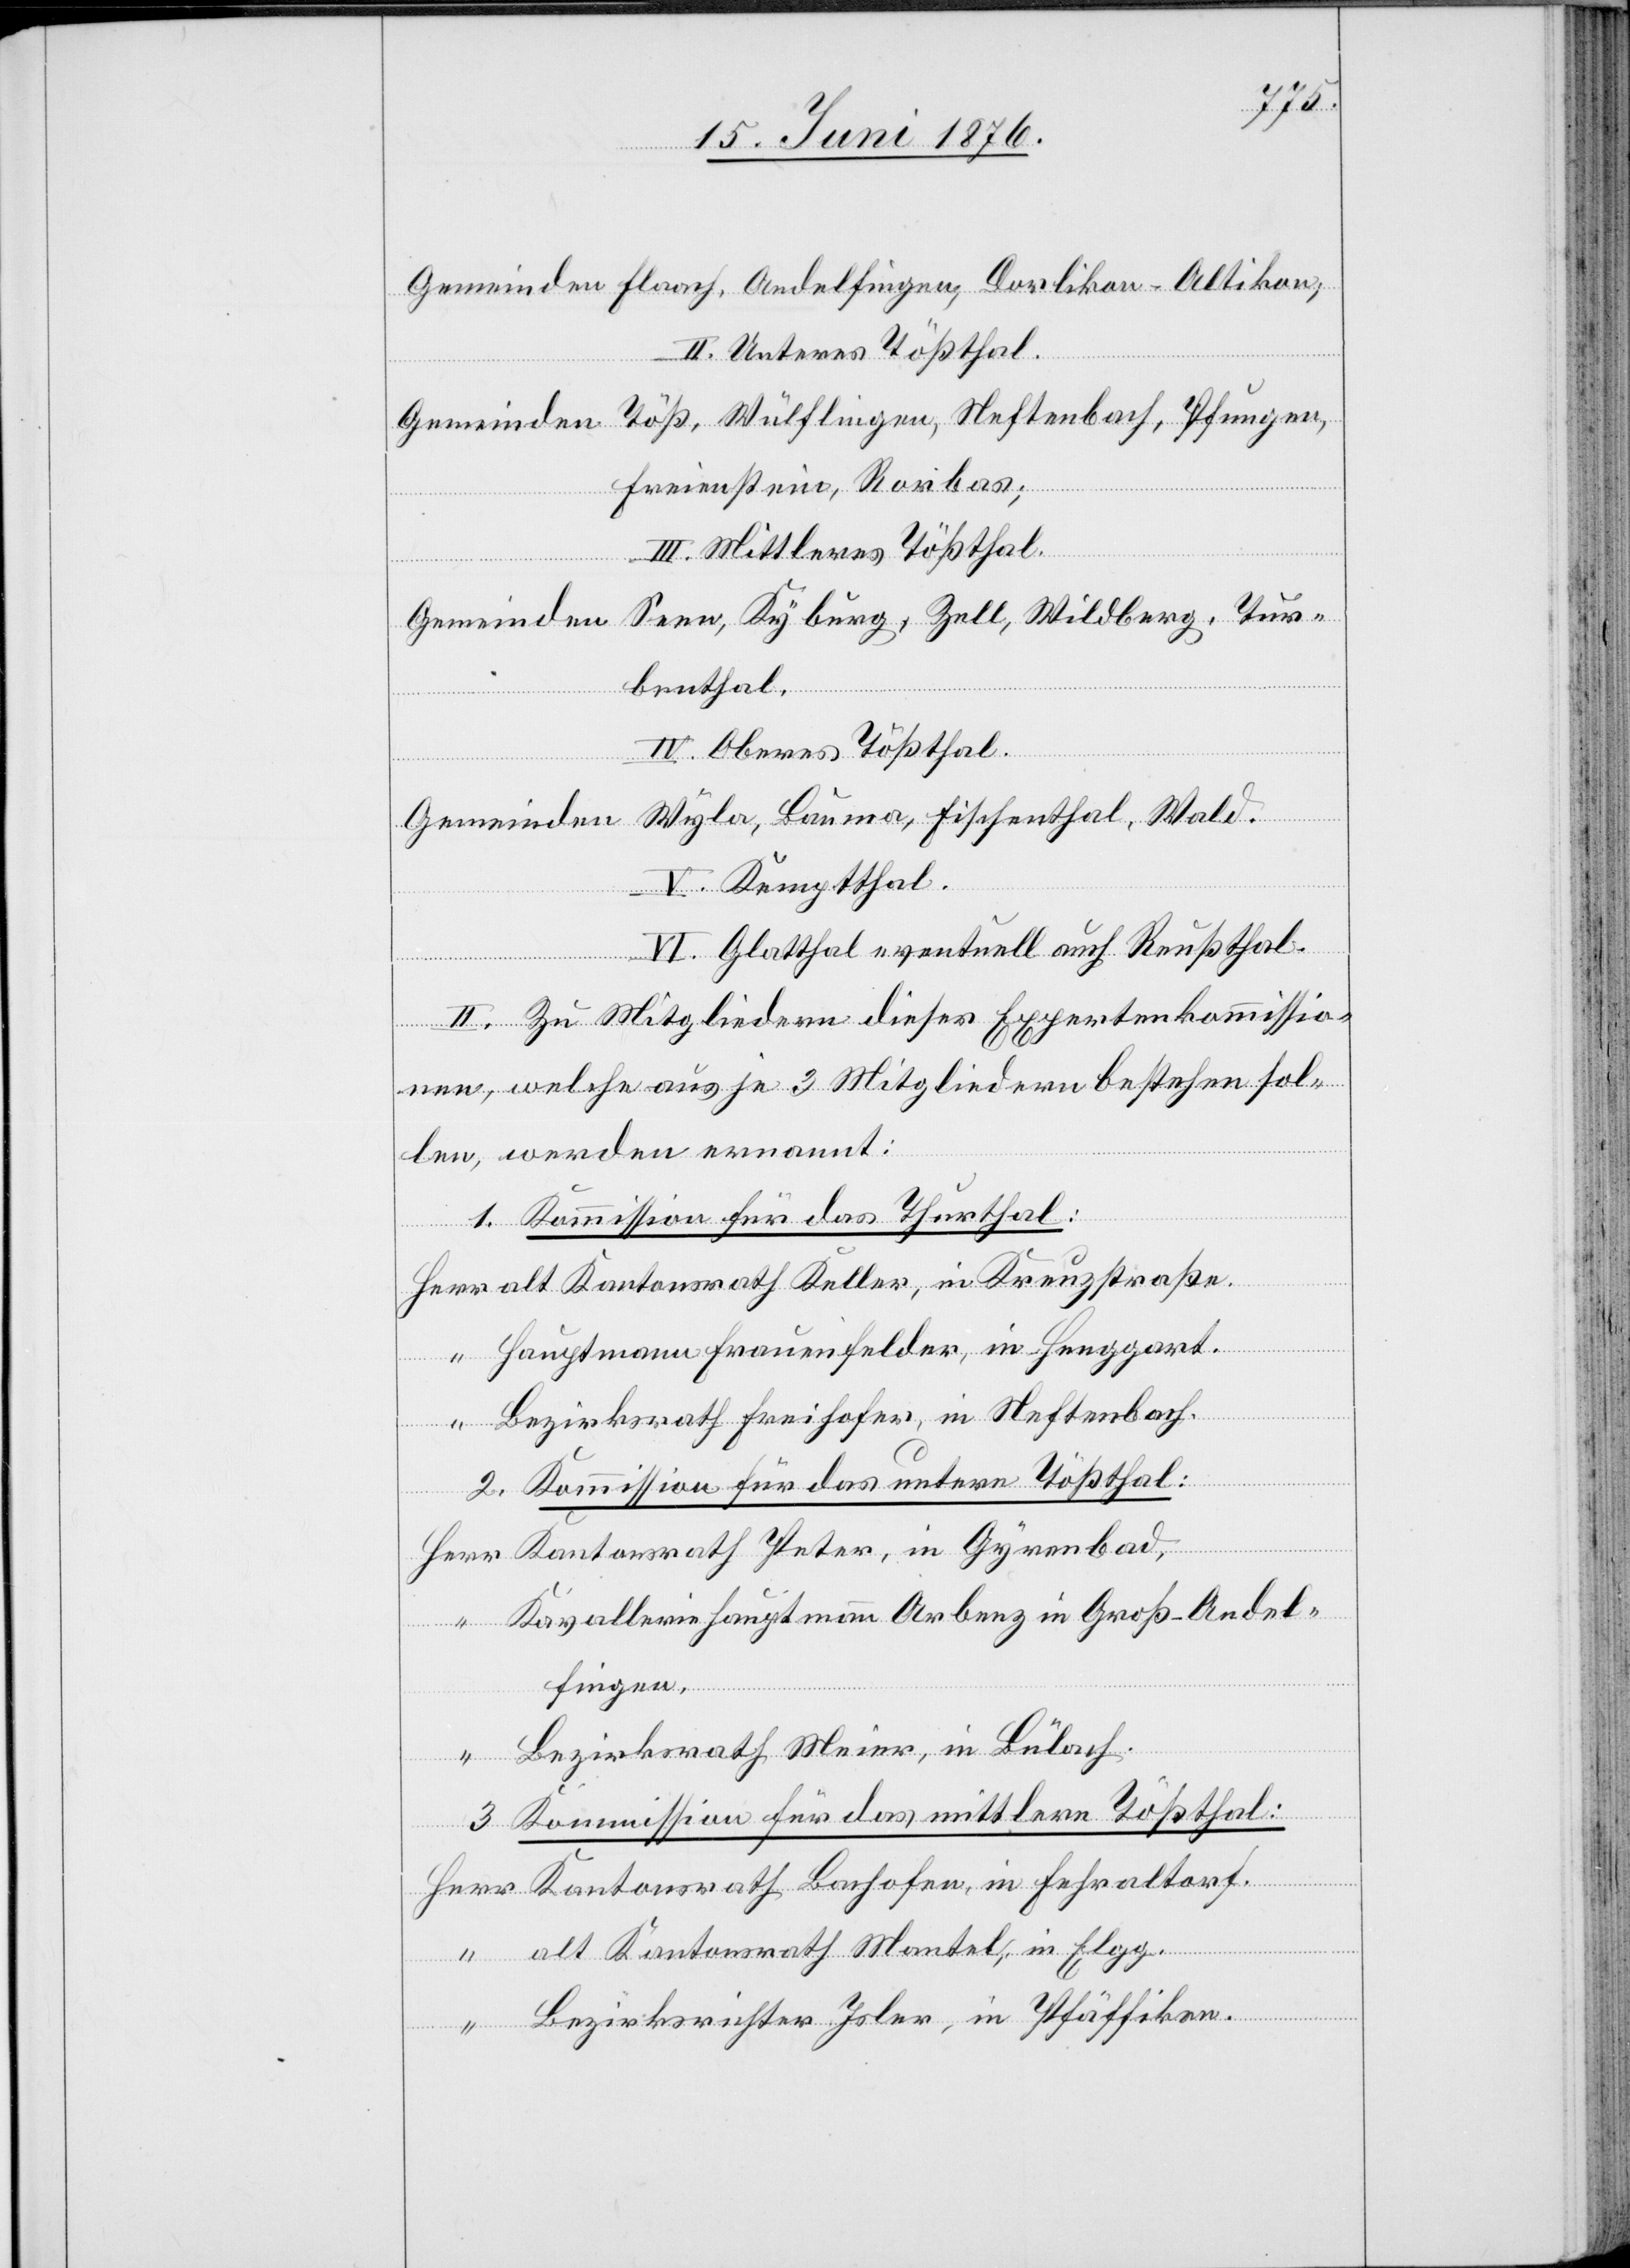
Gemeinden Flaach, Andelfingen, Dorlikon-Altikon;
II. Unteres Tößthal.
Gemeinden Töß, Wülflingen, Neftenbach, Pfungen,
Freienstein, Rorbas;
III. Mittleres Tößthal.
Gemeinden Seen, Kyburg, Zell, Wildberg, Tur¬
benthal.
IV. Oberes Thößthal.
Gemeinden Wyla, Bauma, Fischenthal, Wald.
V. Kemptthal.
VI. Glatthal eventuell auch Reußthal.
II. Zu Mitgliedern dieser Expertenkommissio¬
nen, welche aus je 3 Mitgliedern bestehen sol¬
len, werden ernannt:
in
1. Kommission für das Thurthal:
“
alt Kantonsrath Keller, in Kreuzstraße.
Hauptmann Frauenfelder, in Henggart.
Bezirksrath Freihofer, in Neftenbach.
2. Kommission für das untere Tößthal:
Kavalleriehauptmann Arbenz in Groß-Andel¬
fingen.
Bezirksrath Meier, in Bülach.
3. Kommission für das mittlere Tößthal:
Kantonsrath Bachofen, in Fehraltorf.
Peter,
alt Kantonsrath Mantel, in Elgg.
Bezirksrichter Isler, in Pfäffikon.